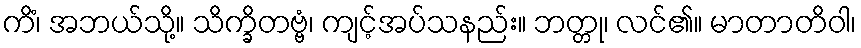
ကိံ၊ အဘယ်သို့။ သိက္ခိတဗ္ဗံ၊ ကျင့်အပ်သနည်း။ ဘတ္တု၊ လင်၏။ မာတာတိဝါ၊